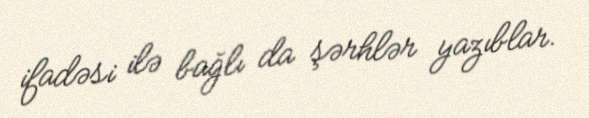
ifadəsi ilə bağlı da şərhlər yazıblar.